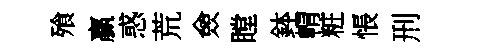
飱贏惑荒僉瞠鉢㡌粧悵刑